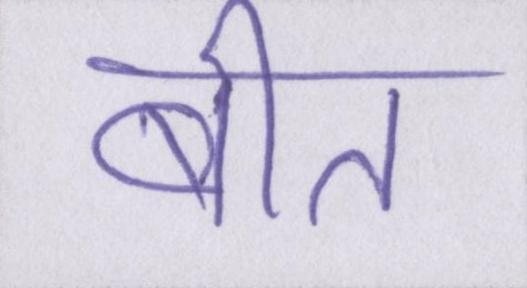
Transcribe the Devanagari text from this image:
बीत